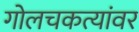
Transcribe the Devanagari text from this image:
गोलचकत्यांवर